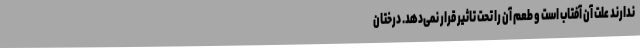
ندارند علت آن آفتاب است و طعم آن را تحت تاثیر قرار نمی‌دهد. درختان